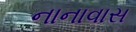
નાનાવાસ